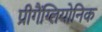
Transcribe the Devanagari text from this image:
प्रीगैंग्लियोनिक